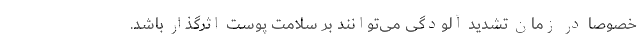
خصوصاً در زمان تشدید آلودگی می‌توانند بر سلامت پوست اثرگذار باشد.